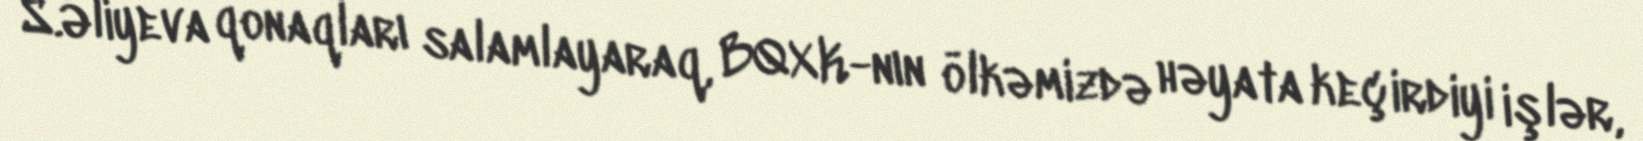
S.Əliyeva qonaqları salamlayaraq, BQXK-nın ölkəmizdə həyata keçirdiyi işlər,